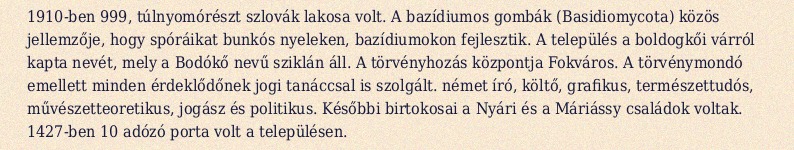
1910-ben 999, túlnyomórészt szlovák lakosa volt. A bazídiumos gombák (Basidiomycota) közös jellemzője, hogy spóráikat bunkós nyeleken, bazídiumokon fejlesztik. A település a boldogkői várról kapta nevét, mely a Bodókő nevű sziklán áll. A törvényhozás központja Fokváros. A törvénymondó emellett minden érdeklődőnek jogi tanáccsal is szolgált. német író, költő, grafikus, természettudós, művészetteoretikus, jogász és politikus. Későbbi birtokosai a Nyári és a Máriássy családok voltak. 1427-ben 10 adózó porta volt a településen.